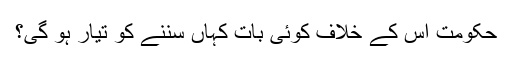
حکومت اس کے خلاف کوئی بات کہاں سننے کو تیار ہو گی؟